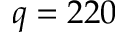
q = 2 2 0